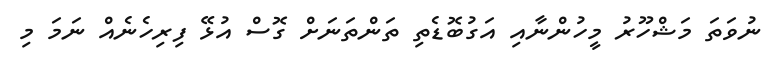
ނުވަތަ މަޝްހޫރު މީހުންނާއި އަގުބޮޑެތި ތަންތަނަށް ގޮސް އުޅޭ ފިރިހެނެއް ނަމަ މި